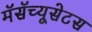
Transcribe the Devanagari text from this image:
मॅसॅच्यूसेटस